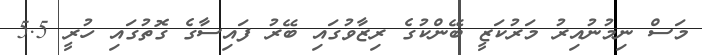
މަސް ނިމުނުއިރު މަރުކަޒީ ބޭންކުގެ ރިޒާވުގައި ބޭރު ފައިސާގެ ގޮތުގައި ހުރީ 5.5